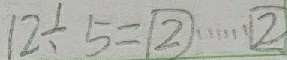
1 2 \div 5 = 2 \cdots 2